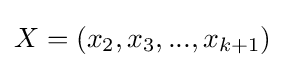
X=(x_{2},x_{3},...,x_{k+1})